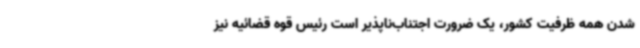
شدن همه ظرفیت کشور، یک ضرورت اجتناب‌ناپذیر است رئیس قوه قضائیه نیز